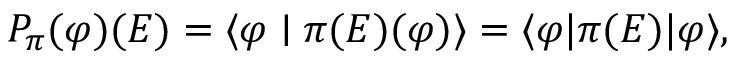
P _ { \pi } ( \varphi ) ( E ) = \langle \varphi \mid \pi ( E ) ( \varphi ) \rangle = \langle \varphi | \pi ( E ) | \varphi \rangle ,